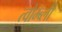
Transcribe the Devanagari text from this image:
त्वोम्ब्ली